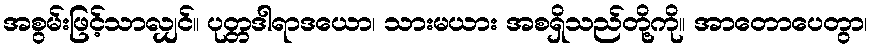
အစွမ်းဖြင့်သာလျှင်။ ပုတ္တဒါရာဒယော၊ သားမယား အစရှိသည်တို့ကို။ အာတောပေတွာ၊